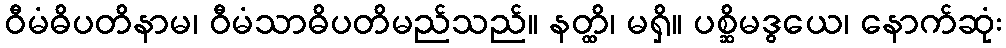
ဝီမံဓိပတိနာမ၊ ဝီမံသာဓိပတိမည်သည်။ နတ္ထိ၊ မရှိ။ ပစ္ဆိမဒွယေ၊ နောက်ဆုံး